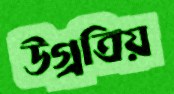
উগ্রত্রিয়